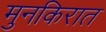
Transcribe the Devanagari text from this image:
मुनकिरात